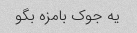
یه جوک بامزه بگو